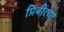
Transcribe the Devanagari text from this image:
प्रिबीत्या